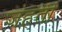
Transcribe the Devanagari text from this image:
जहती